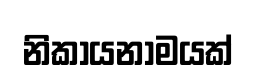
නිකායනාමයක්